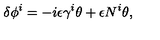
\delta \phi ^ { i } = - i \epsilon \gamma ^ { i } \theta + \epsilon N ^ { i } \theta ,